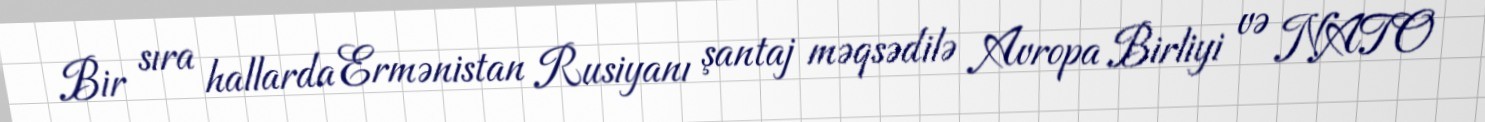
Bir sıra hallarda Ermənistan Rusiyanı şantaj məqsədilə Avropa Birliyi və NATO